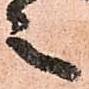
之